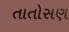
તાતોસણ